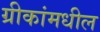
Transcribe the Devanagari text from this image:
ग्रीकांमधील